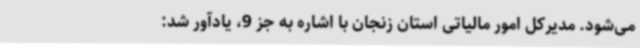
می‌شود. مدیرکل امور مالیاتی استان زنجان با اشاره به جز 9، یادآور شد: